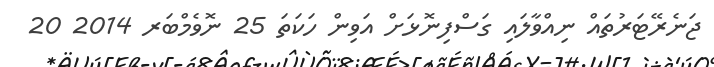
ޖަނެރޭޓަރުތައް ނިއްވާލައި ގަސްފިނޮޅަށް އަވިން ހަކަތަ 25 ނޮވެމްބަރ 2014 20